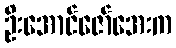
ဦးအောင်ဇော်အေးက